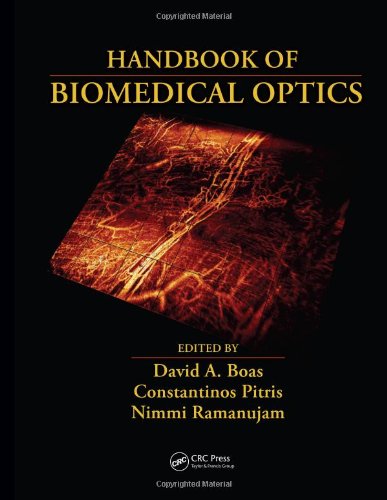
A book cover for Handbook of Biomedical Optics; Science & Math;